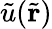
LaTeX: \tilde{u}(\tilde{\mathbf{r}})